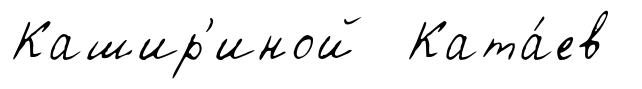
Кашир'иной Ката́ев